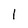
Character: 1